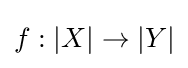
f:|X|\to |Y|